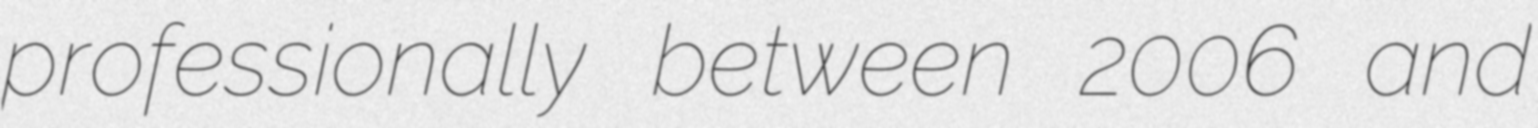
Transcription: professionally between 2006 and